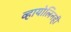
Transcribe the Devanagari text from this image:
व्हायोलिनही